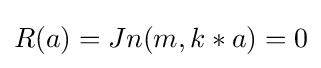
R(a)=Jn(m,k*a)=0